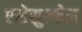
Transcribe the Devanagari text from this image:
एसेसुल्फेम